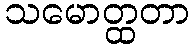
သမောတ္ထတာ